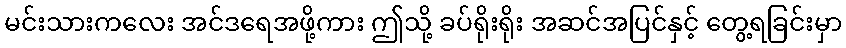
မင်းသားကလေး အင်ဒရေအဖို့ကား ဤသို့ ခပ်ရိုးရိုး အဆင်အပြင်နှင့် တွေ့ရခြင်းမှာ